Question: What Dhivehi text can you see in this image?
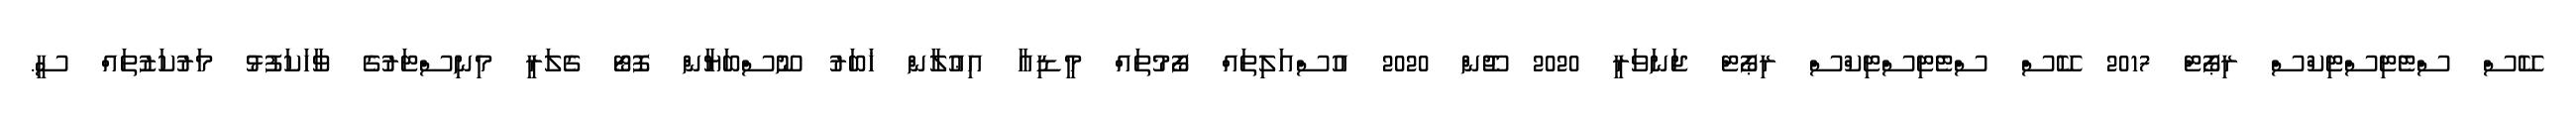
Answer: ކޭސް ސްޓެޓިސްޓިކްސް ރިޕޯޓް 2017 ކޭސް ސްޓެޓިސްޓިކްސް ރިޕޯޓް ޖަނަވަރީ 2020 ޖޫން 2020 އުސްއަލިތައް ފޯމުތައް މީޑިއާ އިޢުލާން ޚަބަރު ނޫސްބަޔާން ފޮޓޯ ގެލަރީ މިނިސްޓަރުގެ ވާހަކަފުޅު މަރުކަޒުތައް ސީ.